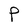
Character: P